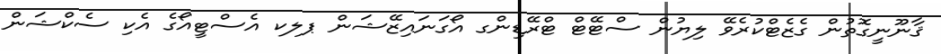
ޤާނޫނީގޮތުން ގެޒެޓްކުރެވޭ ލިޔުން ސްޓޭޓް ޓްރޭޑިންގ އޯގަނައިޒޭޝަން ޕލކ އެސްޓީއޯގެ އެކި ސެކްޝަން